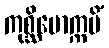
ကုစ္ဆိမောက္ကမိံ